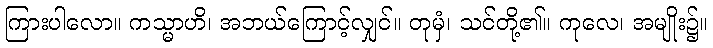
ကြားပါလော။ ကသ္မာဟိ၊ အဘယ်ကြောင့်လျှင်။ တုမှံ၊ သင်တို့၏။ ကုလေ၊ အမျိုး၌။